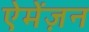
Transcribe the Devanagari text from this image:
ऐमेंज़न